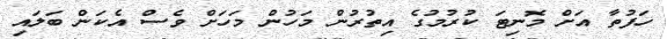
ހަފުތާ އަށް މޮނިޓަ ކުރުމުގެ އިތުރުން މަހުން މަހަށް ވެސް އެކަން ބަލައި